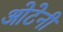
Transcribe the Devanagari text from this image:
ओटेनी